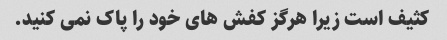
کثیف است زیرا هرگز کفش های خود را پاک نمی کنید.